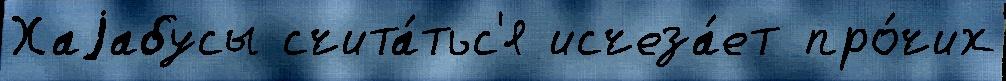
Хаjабусы счита́тьс'я исчеза́ет про́чих